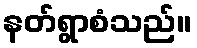
နတ်ရွာစံသည်။